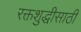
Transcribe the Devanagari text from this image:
रक्तशुद्धीसाठी